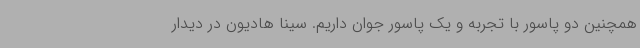
همچنین دو پاسور با تجربه و یک پاسور جوان داریم. سینا هادیون در دیدار